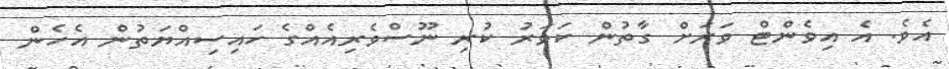
އެވެ. އެ އިވެންޓް ވަރަށް ގާތުން ކަވަރު ކުރި ނޫސްވެރިއެއްގެ ހައިސިއްޔަތުން އެހެން